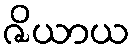
ဇိယာယ